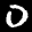
Label: 0